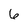
Character: 6